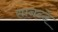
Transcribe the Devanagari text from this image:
सानन्दे